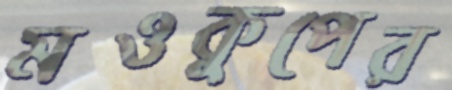
মওকুপের